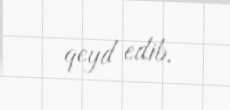
qeyd edib.